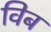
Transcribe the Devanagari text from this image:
विब